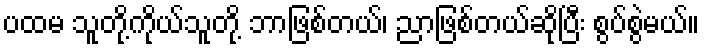
ပထမ သူတို့ကိုယ်သူတို့ ဘာဖြစ်တယ်၊ ညာဖြစ်တယ်ဆိုပြီး စွပ်စွဲမယ်။